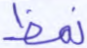
نمظ